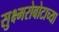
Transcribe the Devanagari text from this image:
सुक्ष्मरोबोटाच्या